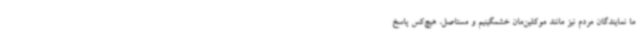
ما نمایندگان مردم نیز مانند موکلین‌مان خشمگینیم و مستاصل، هیچ‌کس پاسخ